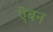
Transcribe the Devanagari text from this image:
ऐबन